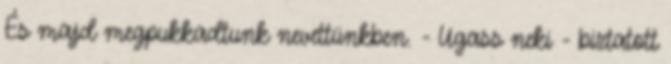
És majd megpukkadtunk nevettünkben. - Ugass neki - biztatott